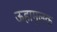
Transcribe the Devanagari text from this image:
ऊहामूलक